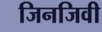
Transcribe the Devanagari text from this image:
जिनजिवी